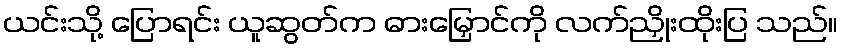
ယင်းသို့ ပြောရင်း ယူဆွတ်က ဓားမြှောင်ကို လက်ညှိုးထိုးပြ သည်။